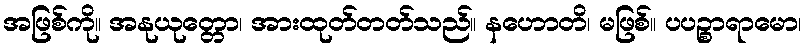
အဖြစ်ကို။ အနုယုတ္တော၊ အားထုတ်တတ်သည်။ နဟောတိ၊ မဖြစ်။ ပပဉ္စာရာမော၊